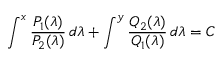
\int ^ { x } { \frac { P _ { 1 } ( \lambda ) } { P _ { 2 } ( \lambda ) } } \, d \lambda + \int ^ { y } { \frac { Q _ { 2 } ( \lambda ) } { Q _ { 1 } ( \lambda ) } } \, d \lambda = C \,